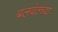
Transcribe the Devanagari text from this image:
बलवंतच्या